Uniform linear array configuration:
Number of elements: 16
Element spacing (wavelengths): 0.75
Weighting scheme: blackman
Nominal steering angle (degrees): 60
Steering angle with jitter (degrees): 61.836
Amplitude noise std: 0.05
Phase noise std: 0.05

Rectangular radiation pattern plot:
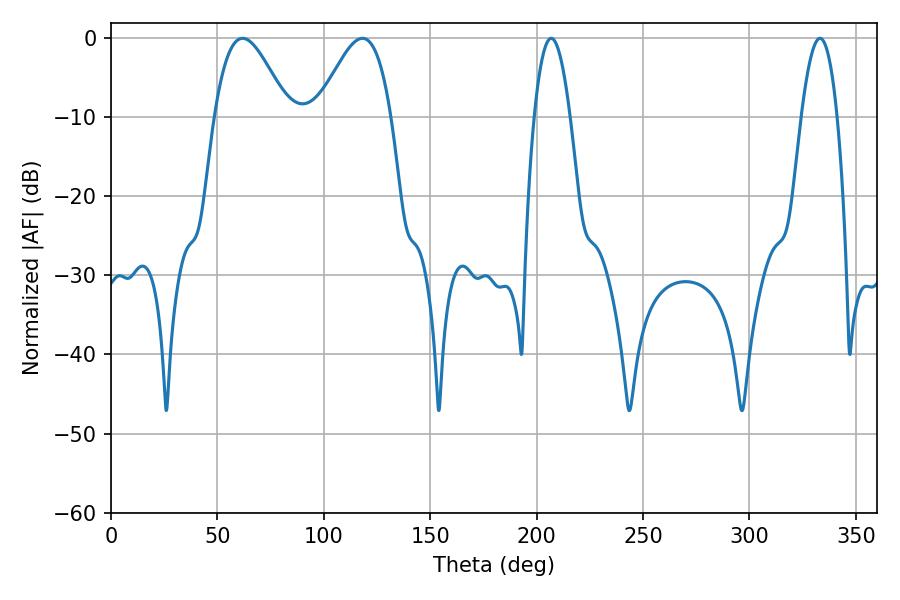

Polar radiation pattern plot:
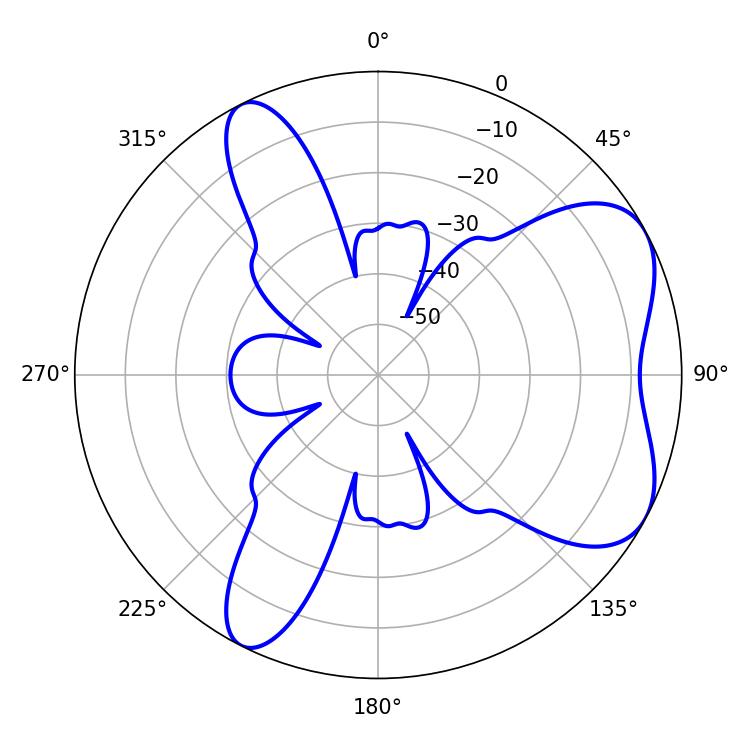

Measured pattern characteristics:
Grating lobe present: TRUE
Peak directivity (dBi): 5.995
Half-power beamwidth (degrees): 9.36
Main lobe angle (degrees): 206.82